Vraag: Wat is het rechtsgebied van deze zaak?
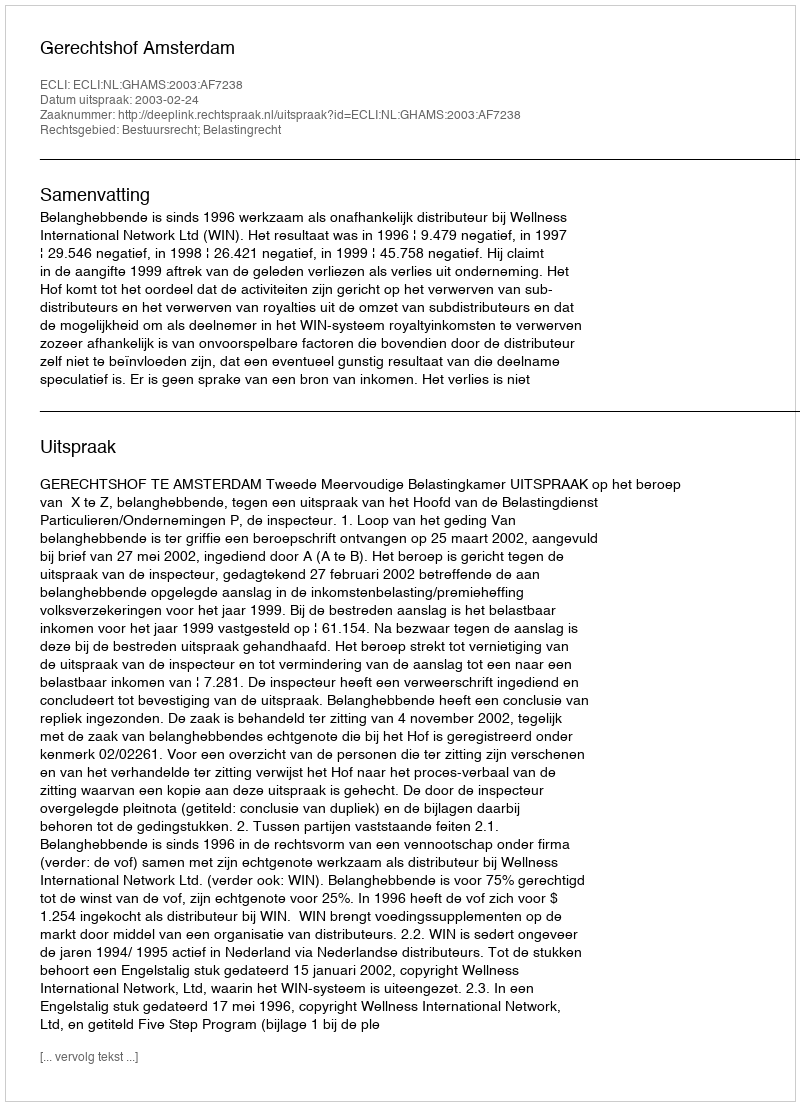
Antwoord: Bestuursrecht; Belastingrecht